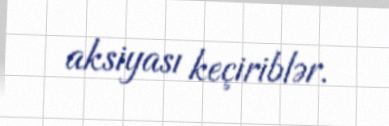
aksiyası keçiriblər.